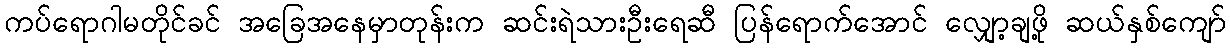
ကပ်ရောဂါမတိုင်ခင် အခြေအနေမှာတုန်းက ဆင်းရဲသားဦးရေဆီ ပြန်ရောက်အောင် လျှော့ချဖို့ ဆယ်နှစ်ကျော်